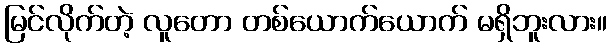
မြင်လိုက်တဲ့ လူတော တစ်ယောက်ယောက် မရှိဘူးလား။